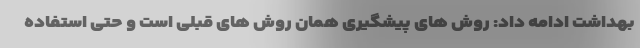
بهداشت ادامه داد: روش های پیشگیری همان روش های قبلی است و حتی استفاده